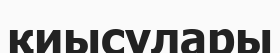
қиысулары